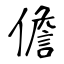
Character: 儋